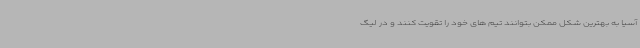
آسیا به بهترین شکل ممکن بتوانند تیم های خود را تقویت کنند و در لیگ